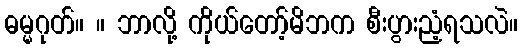
ဓမ္မဂုတ်။ ။ ဘာလို့ ကိုယ်တော့်မိဘက စီးပွားညံ့ရသလဲ။